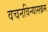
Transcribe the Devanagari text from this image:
वचनविन्यासक्रम